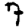
Digit: 7